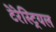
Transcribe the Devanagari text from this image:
टेरेस्‍ट्रियल